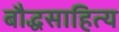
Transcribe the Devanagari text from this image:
बौद्धसाहित्य